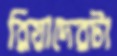
রিয়াদেরটা